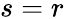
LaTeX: s=r